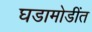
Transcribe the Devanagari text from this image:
घडामोडींत